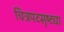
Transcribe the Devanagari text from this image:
चित्रपटसृष्ट्या